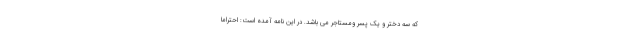
که سه دختر و یک پسر ومستاجر می باشد. در این نامه آمده است: احتراماً